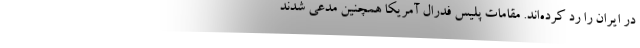
در ایران را رد کرده‌اند. مقامات پلیس فدرال آمریکا همچنین مدعی شدند